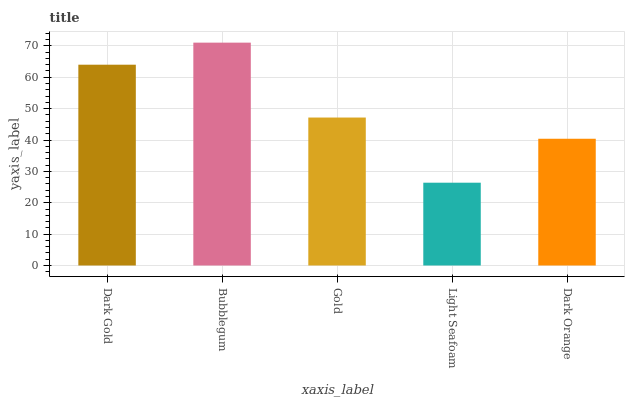
| xaxis_label | bars |
 | --- | --- |
 | Dark Gold | 64 |
 | Bubblegum | 71 |
 | Gold | 47.2 |
 | Light Seafoam | 26.4 |
 | Dark Orange | 40.4 |